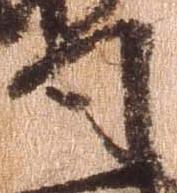
司